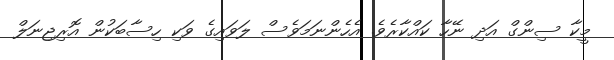
މީކާ ސިންގް އަދި ނޭހާ ކައްކާރެވެ. އެހެންނަމަވެސް ލަވައިގެ ވަކި ހިސާބަކުން އޮރިޖިނަލް